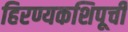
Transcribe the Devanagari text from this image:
हिरण्यकशिपूची